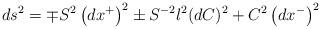
LaTeX: \begin{align*}ds^{2}=\mp S^{2}\left( dx^{+}\right) ^{2}\pm S^{-2}l^{2}(dC)^{2}+C^{2}\left(dx^{-}\right) ^{2} \end{align*}